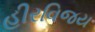
હીરવિજય